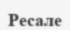
Ресале